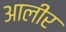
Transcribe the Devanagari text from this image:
आलीर